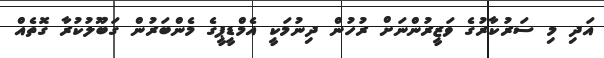
އަދި މި ސަރުކާރުގެ ވަޒީރުންނަށް ރުހުން ދިނުމަކީ އެމްޑީޕީގެ މެންބަރުން ގަބޫލުކުރާ ގޮތެއް